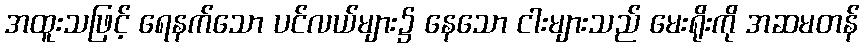
အထူးသဖြင့် ရေနက်သော ပင်လယ်များ၌ နေသော ငါးများသည် မေးရိုးကို အဆမတန်